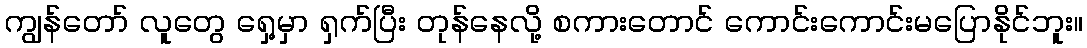
ကျွန်တော် လူတွေ ရှေ့မှာ ရှက်ပြီး တုန်နေလို့ စကားတောင် ကောင်းကောင်းမပြောနိုင်ဘူး။